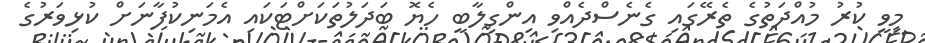
މިވީ ކުރު މުއްދަތުގެ ތެރޭގައި ގެނެސްދެއްވި އިންގިލާބީ ހެޔޮ ބަދަލުތަކަށްޓަކައި އެމަނިކުފާނަށް ކުޅިވަރުގެ